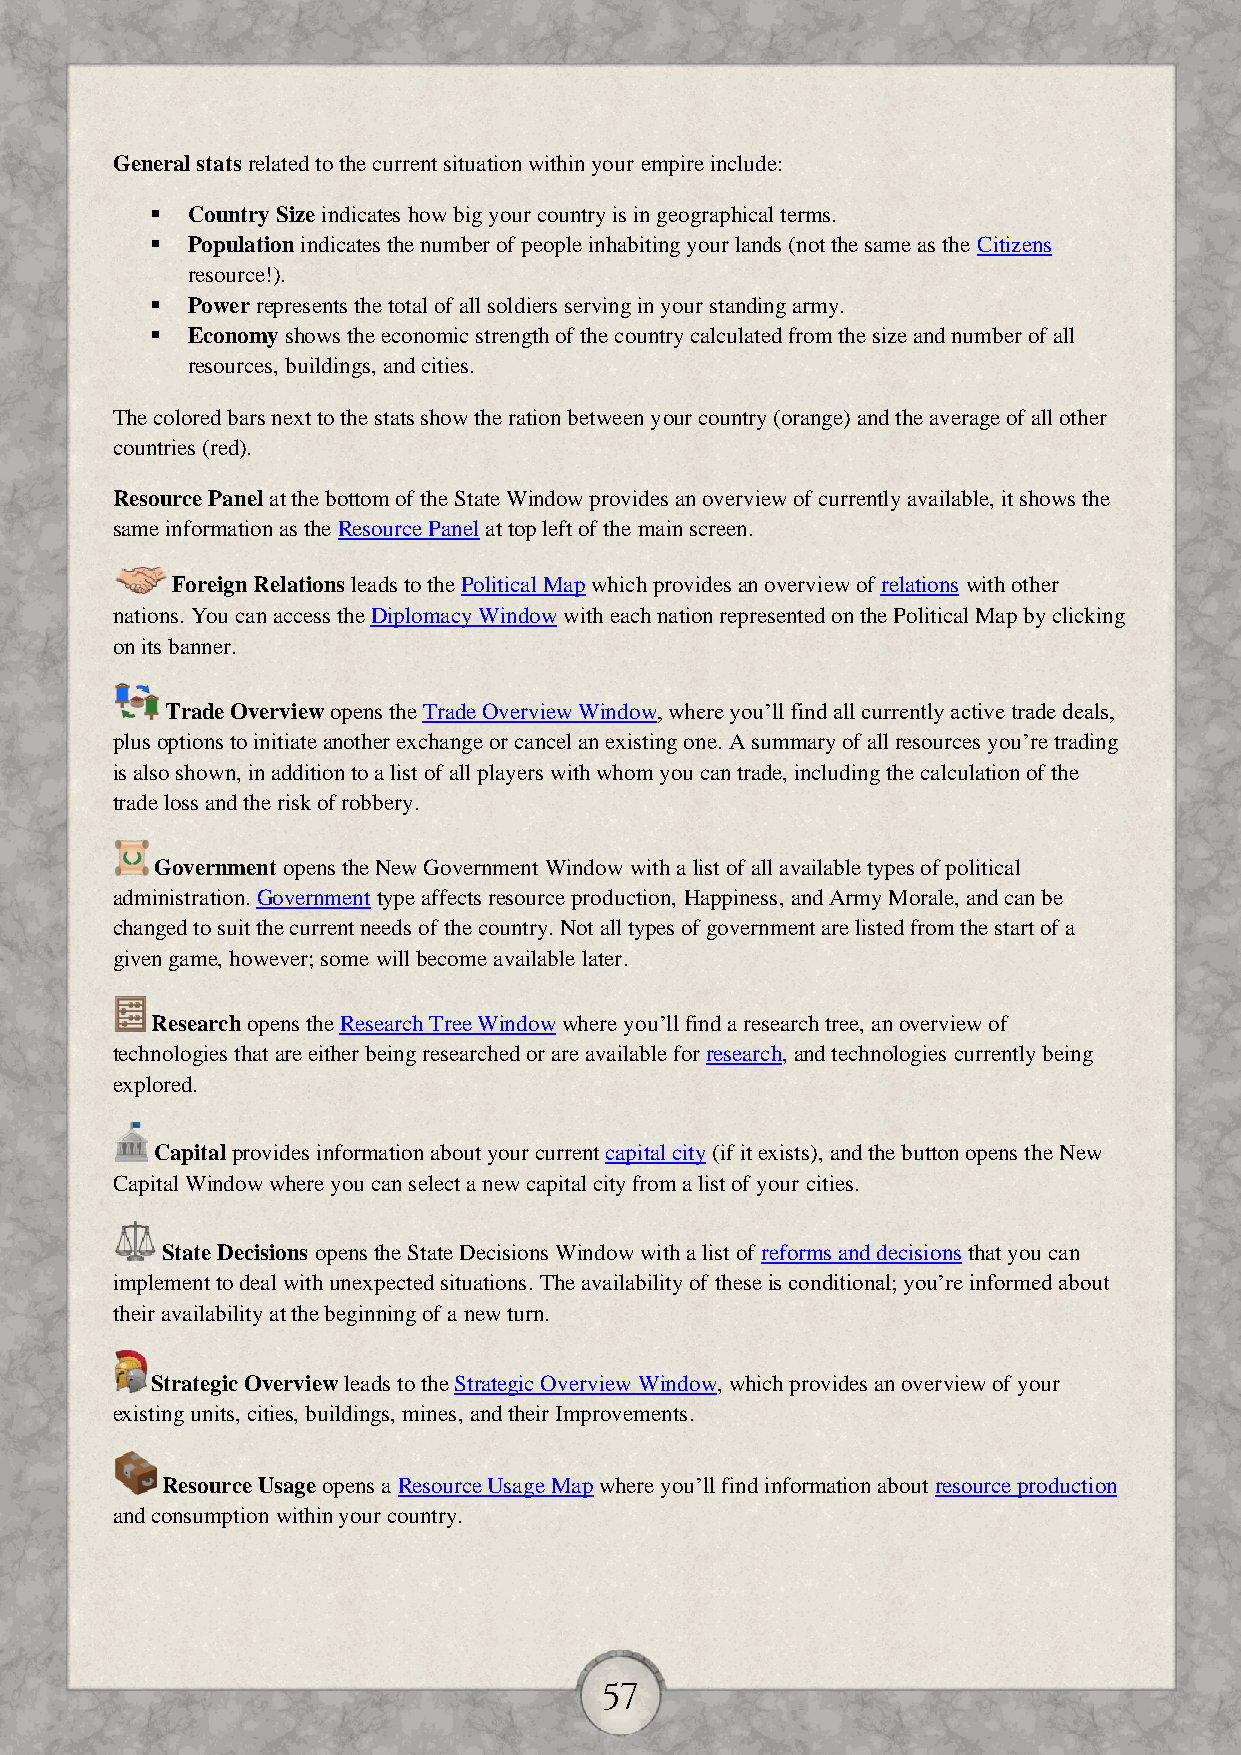
General stats related to the current situation within your empire include:
  Country Size indicates how big your country is in geographical terms.
  Population indicates the number of people inhabiting your lands (not the same as the Citizens
 resource!).
  Power represents the total of all soldiers serving in your standing army.
  Economy shows the economic strength of the country calculated from the size and number of all
 resources, buildings, and cities.
 The colored bars next to the stats show the ration between your country (orange) and the average of all other
 countries (red).
 Resource Panel at the bottom of the State Window provides an overview of currently available, it shows the
 same information as the Resource Panel at top left of the main screen.
 Foreign Relations leads to the Political Map which provides an overview of relations with other
 nations. You can access the Diplomacy Window with each nation represented on the Political Map by clicking
 on its banner.
 Trade Overview opens the Trade Overview Window, where you’ll find all currently active trade deals,
 plus options to initiate another exchange or cancel an existing one. A summary of all resources you’re trading
 is also shown, in addition to a list of all players with whom you can trade, including the calculation of the
 trade loss and the risk of robbery.
 Government opens the New Government Window with a list of all available types of political
 administration. Government type affects resource production, Happiness, and Army Morale, and can be
 changed to suit the current needs of the country. Not all types of government are listed from the start of a
 given game, however; some will become available later.
 Research opens the Research Tree Window where you’ll find a research tree, an overview of
 technologies that are either being researched or are available for research, and technologies currently being
 explored.
 Capital provides information about your current capital city (if it exists), and the button opens the New
 Capital Window where you can select a new capital city from a list of your cities.
 State Decisions opens the State Decisions Window with a list of reforms and decisions that you can
 implement to deal with unexpected situations. The availability of these is conditional; you’re informed about
 their availability at the beginning of a new turn.
 Strategic Overview leads to the Strategic Overview Window, which provides an overview of your
 existing units, cities, buildings, mines, and their Improvements.
 Resource Usage opens a Resource Usage Map where you’ll find information about resource production
 and consumption within your country.
 57